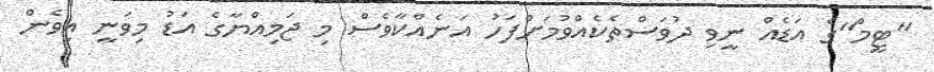
"ޓީމް"ގެ އަޑެއް ނީވި ދުވަސްތެކެއްވުމަށްފަހު އަނެއްކާވެސް މި ޖަމިއްޔާގެ އަޑު މިވަނީ އިވެން